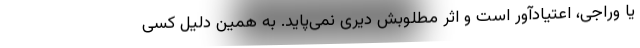
یا وراجی، اعتیادآور است و اثر مطلوبش دیری نمی‌پاید. به همین دلیل کسی